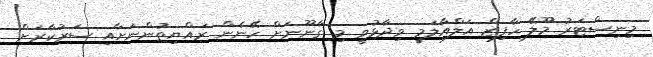
މިނިސްޓަރު މޫލޭ ހާފިޒް އަލްއާލަމީ ވިދާޅުވީ މި ގާނޫނަށް ހޭނެން ރައްޔިތުންނަށާއި ސަރުކާރަށް